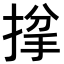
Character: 𢯌